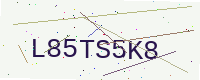
Text: L85TS5K8